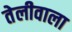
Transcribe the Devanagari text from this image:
तेलीवाला